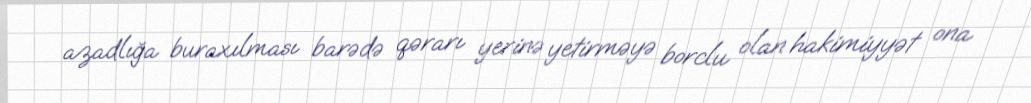
azadlığa buraxılması barədə qərarı yerinə yetirməyə borclu olan hakimiyyət ona